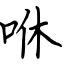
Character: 咻